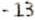
-13